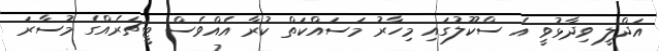
އަދްލީ ވިދާޅުވީ އެ ސްކޫލުގައި މިހާރު މަސައްކަތް ކުރާ އެއްވެސް ޓީޗަރެއްގެ މުސާރަ